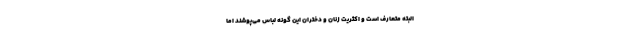
البته متعارف است و اکثریت زنان و دختران این گونه لباس می‌پوشند اما